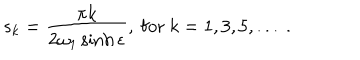
LaTeX: s _ { k } = \frac { \pi k } { 2 \omega _ { 1 } \sinh \epsilon } , ~ \mathrm { f o r } ~ k = 1 , 3 , 5 , . . . ~ .